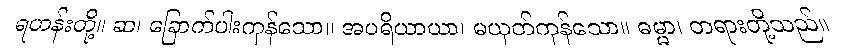
ရဟန်းတို့။ ဆ၊ ခြောက်ပါးကုန်သော။ အပရိယာယာ၊ မယုတ်ကုန်သော။ ဓမ္မာ၊ တရားတို့သည်။